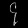
Digit: ၄